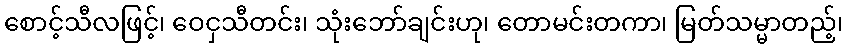
စောင့်သီလဖြင့်၊ ဝေငှသီတင်း၊ သုံးဘော်ချင်းဟု၊ တောမင်းတကာ၊ မြတ်သမ္မာတည့်၊